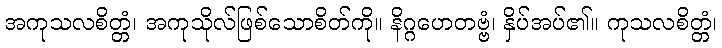
အကုသလစိတ္တံ၊ အကုသိုလ်ဖြစ်သောစိတ်ကို။ နိဂ္ဂဟေတဗ္ဗံ၊ နှိပ်အပ်၏။ ကုသလစိတ္တံ၊